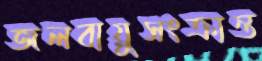
জলবায়ুসংক্রান্ত